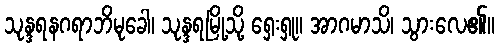
သုန္ဒရနဂရာဘိမုခေါ၊ သုန္ဒရမြို့သို့ ရှေးရှု။ အာဂမာသိ၊ သွားလေ၏။